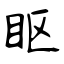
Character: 眍